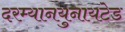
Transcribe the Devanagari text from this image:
दरम्यानयुनायटेड